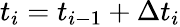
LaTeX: t_{i}=t_{i-1}+\Delta t_{i}